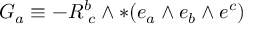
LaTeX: G _ { a } \equiv - R _ { \, \, c } ^ { b } \wedge * ( e _ { a } \wedge e _ { b } \wedge e ^ { c } )